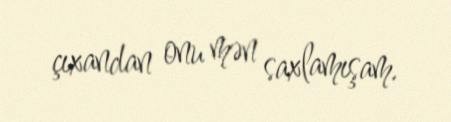
çıxandan onu mən saxlamışam.